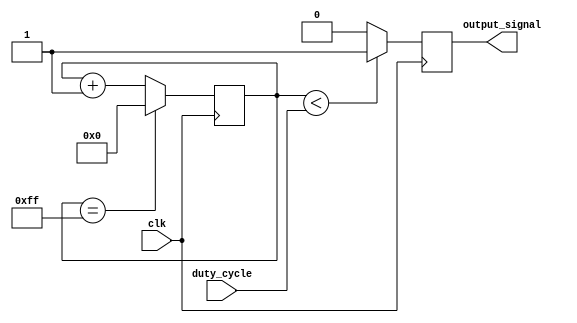
module PWM_generator (
    input wire clk,
    input wire [7:0] duty_cycle,
    output reg output_signal
);

reg [7:0] count = 8'd0;

always @(posedge clk) begin
    count <= count + 1;
    
    if (count == 255) begin
        count <= 0;
    end
    
    if (count < duty_cycle) begin
        output_signal <= 1'b1;
    end
    else begin
        output_signal <= 1'b0;
    end
end

endmodule